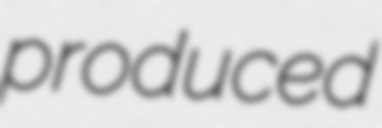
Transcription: produced